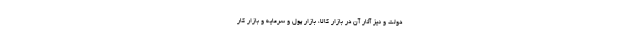
دولت و نیز آثار آن در بازار کالا، بازار پول و سرمایه و بازار کار